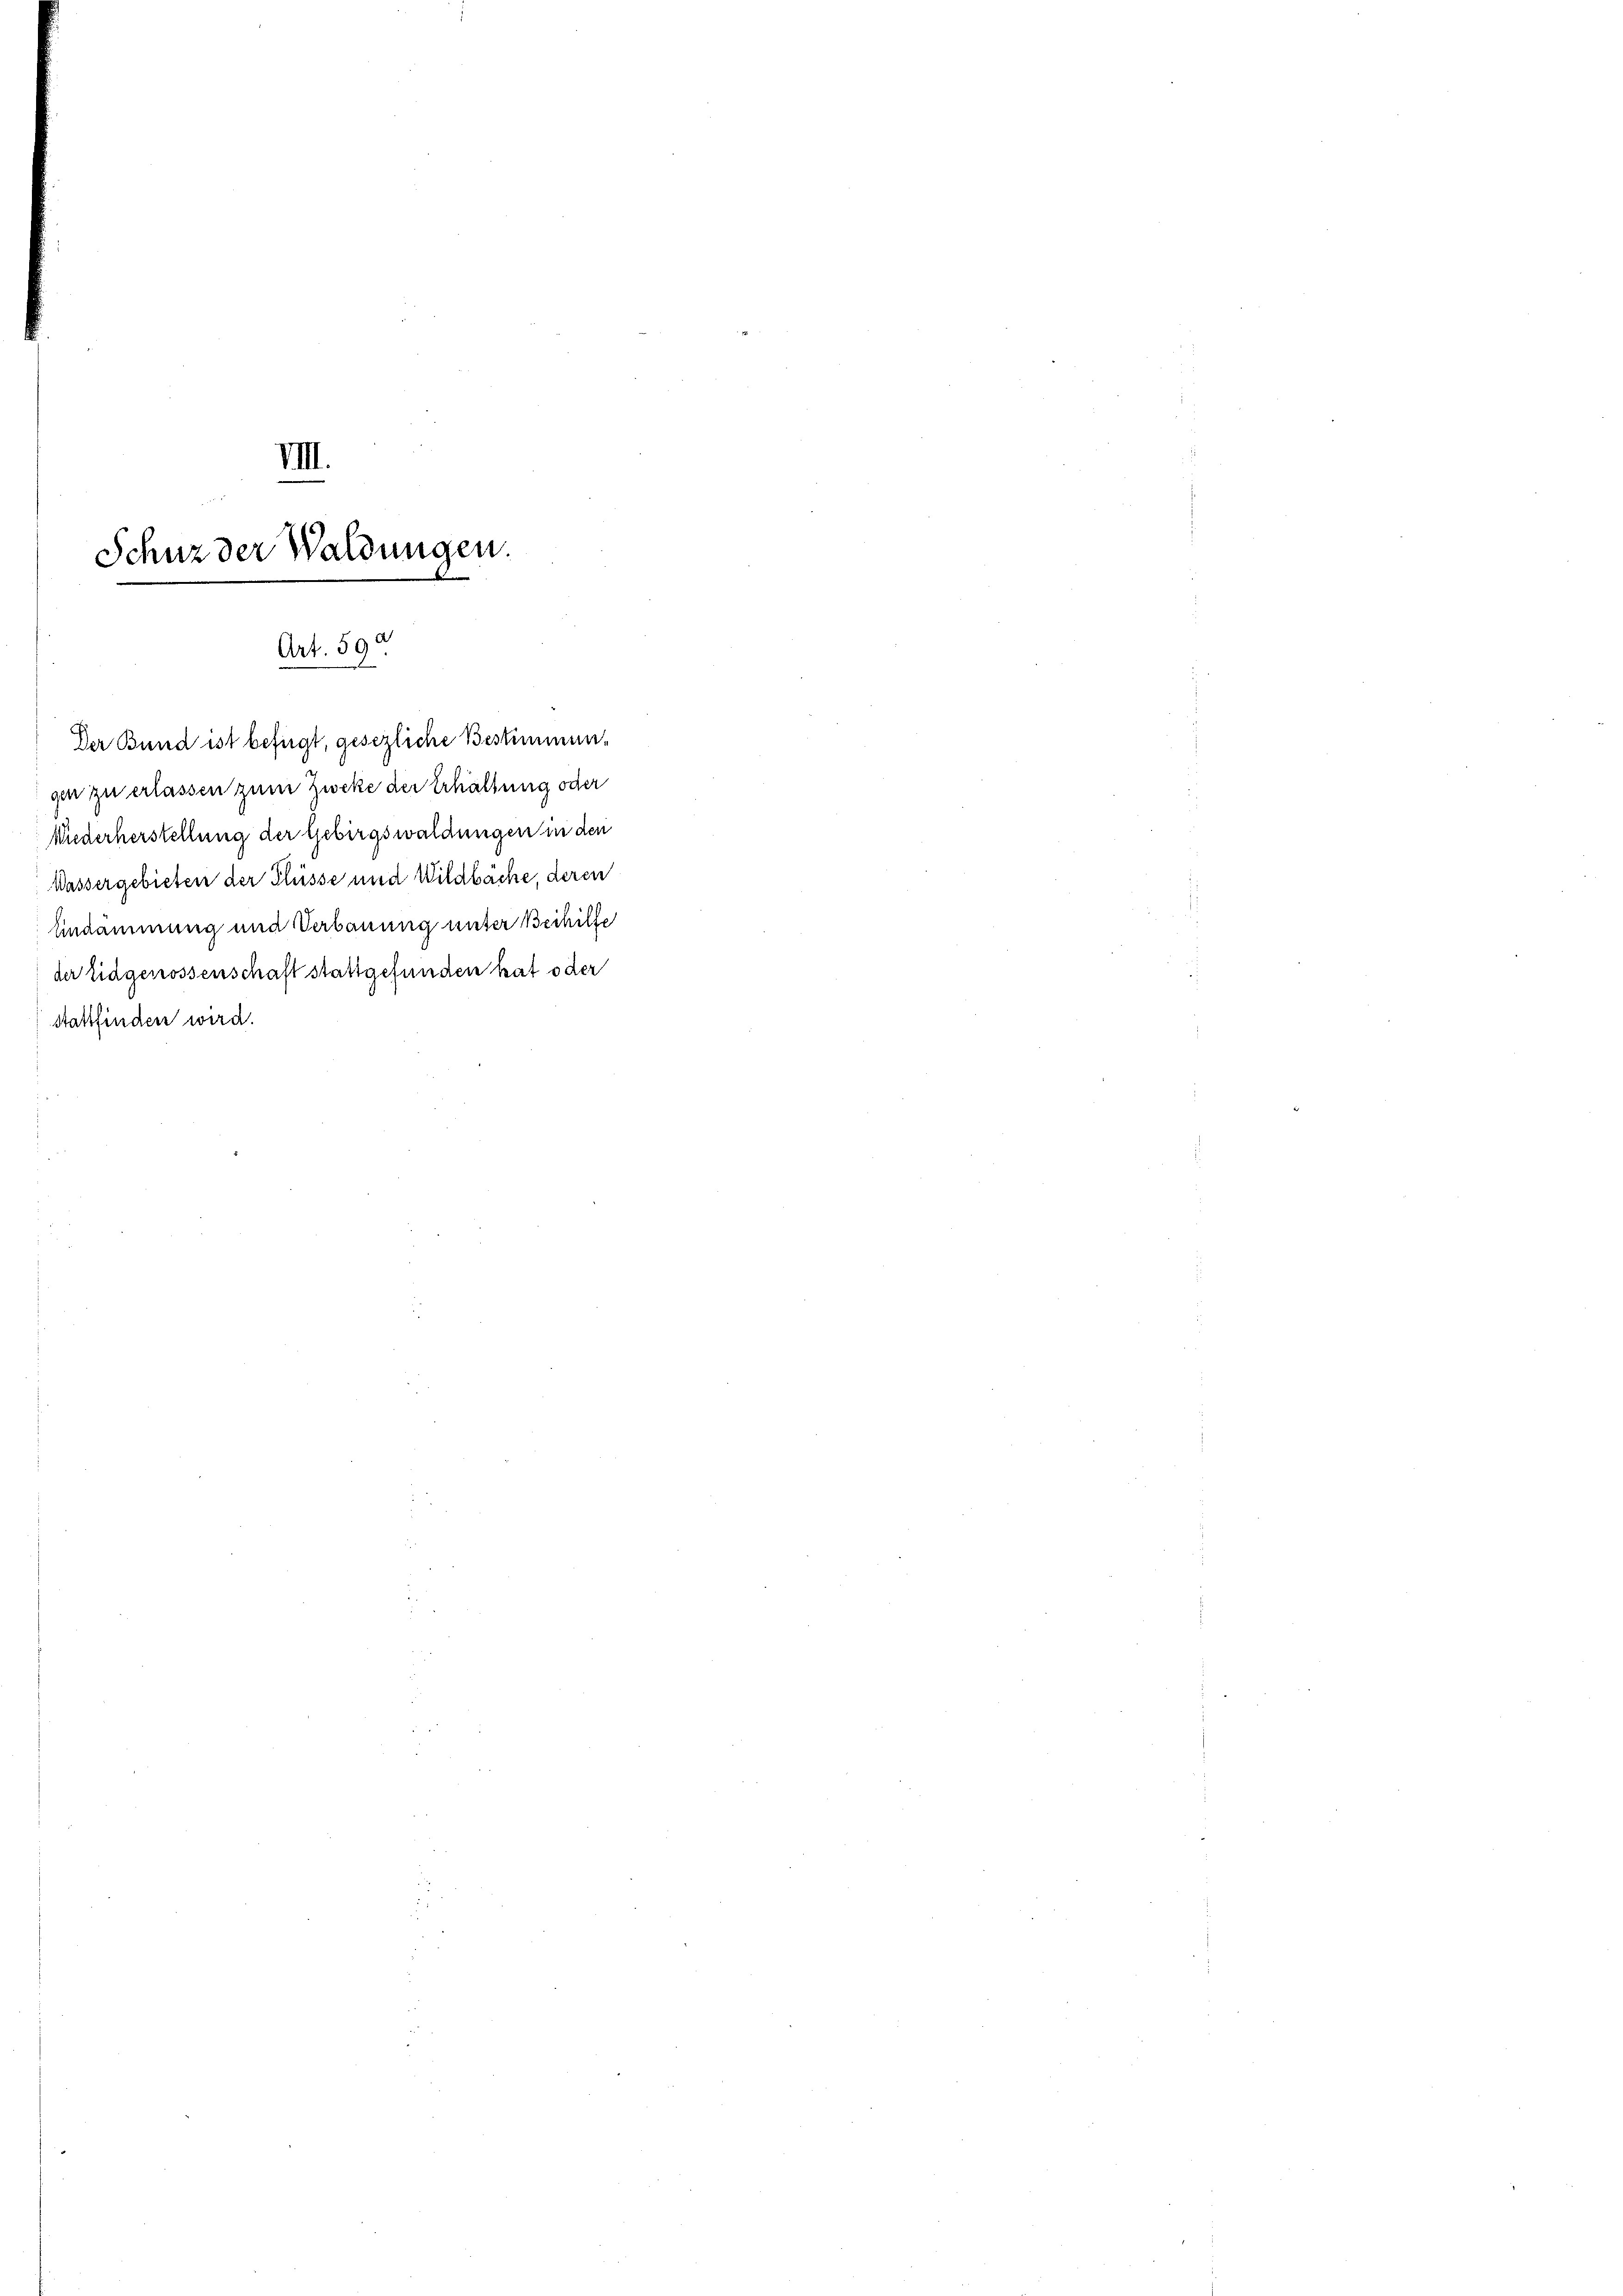
gen zu erlassen zum Zweke der Erhaltung oder
Niederherstellung der Gebirgswaldungen in den
Wassergebieten der Flüsse und Wildbäche, deren
Endammung und Verbauung unter Beihilfe
der Eidgenossenschaft stattgefunden hat oder
stattfinden wird.

VIII.

Art. 590.
Der Bund ist befügt, gesezliche Bestimmun¬

Schuz der Waldungen.